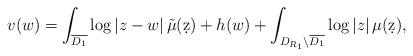
LaTeX: \begin{align*}v(w)=\int_{\overline{D_1}}\log{|z-w|}\, \tilde{\mu}(\d z)+h(w)+\int_{D_{R_1}\setminus \overline{D_1}}\log{|z|}\, \mu (\d z),\end{align*}